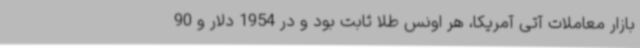
بازار معاملات آتی آمریکا، هر اونس طلا ثابت بود و در 1954 دلار و 90